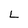
Character: L